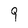
Character: 9